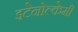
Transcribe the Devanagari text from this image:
इटेनोल्केमी